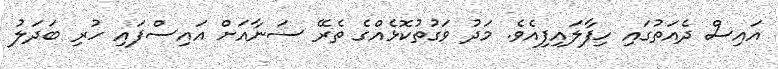
އައިސް ދެއަތުގައި ހިފާލައިފިއެވެ. މަދު ވަގުތުކޮޅެއްގެ ތެރޭ ސަނާއަށް އައިސްފައި ހުރި ބަދަލު